Report on lock hospitals in British Burma
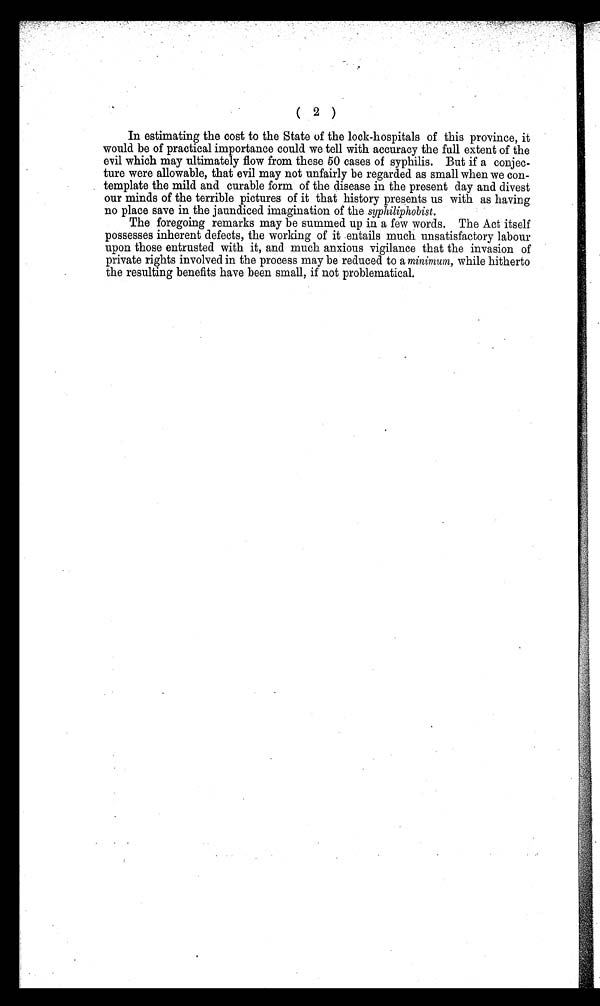
( 2 )
In estimating the cost to the State of the lock-hospitals of this province, it
would be of practical importance could we tell with accuracy the full extent of the
evil which may ultimately flow from these 50 cases of syphilis. But if a conjec-
ture were allowable, that evil may not unfairly be regarded as small when we con-
template the mild and curable form of the disease in the present day and divest
our minds of the terrible pictures of it that history presents us with as having
no place save in the jaundiced imagination of the syphiliphobist.
The foregoing remarks may be summed up in a few words. The Act itself
possesses inherent defects, the working of it entails much unsatisfactory labour
upon those entrusted with it, and much anxious vigilance that the invasion of
private rights involved in the process may be reduced to a minimum, while hitherto
the resulting benefits have been small, if not problematical.